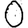
Digit: 0